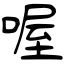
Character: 喔